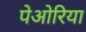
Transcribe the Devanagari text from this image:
पेओरिया